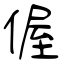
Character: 偓